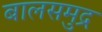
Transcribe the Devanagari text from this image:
बालसमुद्र